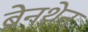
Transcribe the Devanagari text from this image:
ब्रेनथ्रेन